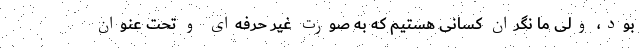
بود، ولی ما نگران کسانی هستیم که به صورت غیر حرفه‌ای و تحت عنوان